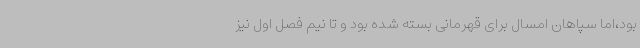
بود،اما سپاهان امسال برای قهرمانی بسته شده بود و تا نیم فصل اول نیز